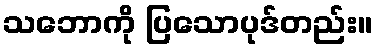
သဘောကို ပြသောပုဒ်တည်း။